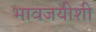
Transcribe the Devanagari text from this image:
भावजयीशी